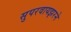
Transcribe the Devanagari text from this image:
सुपरवायझरने